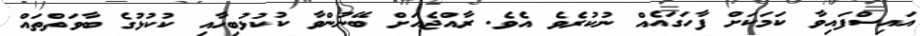
އައިސްފައިވާ ކަމަކަށް ފާހަގައެއް ނުކުރެވެ އެވެ. ރާއްޖެއަށް ބޭނުންވާ ކުކުޅުބިހާއި ކުކުޅުގެ ބާވަތްތައް